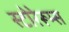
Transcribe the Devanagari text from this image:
स्टोरेरूम्स